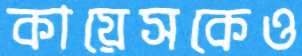
কায়েসকেও